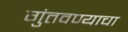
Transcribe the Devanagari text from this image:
गुंतवण्याचा